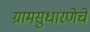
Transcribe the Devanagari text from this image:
ग्रामसुधारणेचे